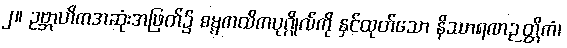
၂။ ဥဗ္ဘာဟိကအဆုံးအဖြတ်၌ ဓမ္မကထိကပုဂ္ဂိုလ်ကို နှင်ထုတ်သော နိဿာရဏဉတ္တိကံ၊